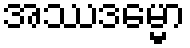
အဿဒမ္မော